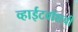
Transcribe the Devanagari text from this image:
व्हाईटवॉशची